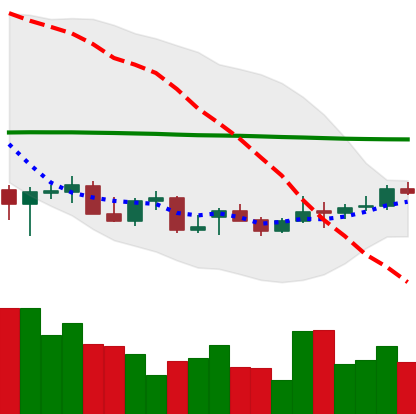
Ticker: LTC-USD
Chart end date: 2021-12-24
Forward return: -9.855%
Label: down_7plus